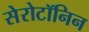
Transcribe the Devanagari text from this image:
सेरोटॉनिन